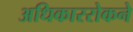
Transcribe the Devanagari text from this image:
अधिकाररोकने